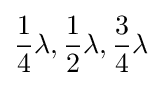
{1 \over 4}\lambda ,{1 \over 2}\lambda ,{3 \over 4}\lambda